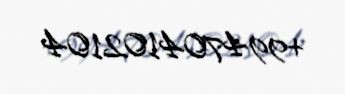
+994704102104